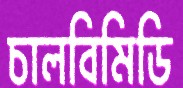
চালবিমিডি